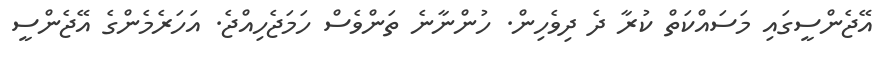
އޭޖެންސީގައި މަސައްކަތް ކުރާ ދެ ދިވެހިން. ހުންނާނެ ތަންވެސް ހަމަޖެހިއްޖެ. އަހަރެމެންގެ އޭޖެންސީ